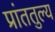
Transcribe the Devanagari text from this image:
प्रांततुल्य